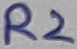
Text: R2